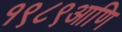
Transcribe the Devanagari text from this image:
१९८९आणि